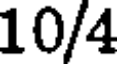
10/4